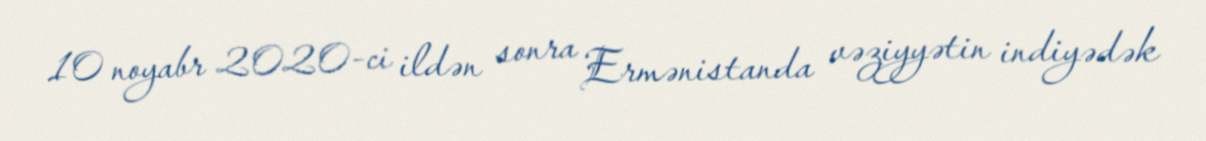
10 noyabr 2020-ci ildən sonra Ermənistanda vəziyyətin indiyədək